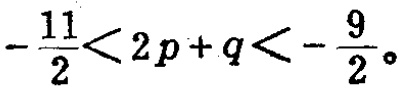
\(-\frac{11}{2}<2p + q<-\frac{9}{2}\)